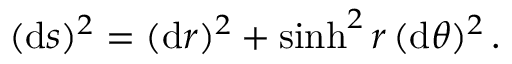
( \mathrm { d } s ) ^ { 2 } = ( \mathrm { d } r ) ^ { 2 } + \sinh ^ { 2 } r \, ( \mathrm { d } \theta ) ^ { 2 } \, .